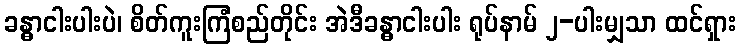
ခန္ဓာငါးပါးပဲ၊ စိတ်ကူးကြံစည်တိုင်း အဲဒီခန္ဓာငါးပါး ရုပ်နာမ် ၂-ပါးမျှသာ ထင်ရှား